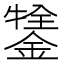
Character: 𨪔